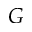
G